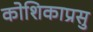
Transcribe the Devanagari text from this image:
कोशिकाप्रसु